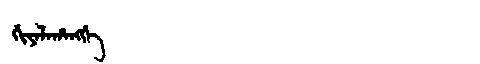
Manchu: ᡤᡳᠶᠠᠯᠠᡥᠠᠩᡤᡝ
Romanization: GIYALAHANGGE